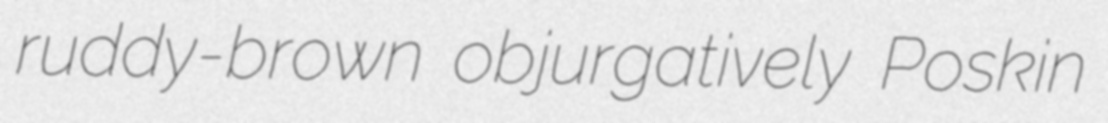
ruddy-brown objurgatively Poskin